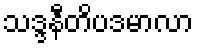
သဒ္ဒနီတိပဒမာလာ